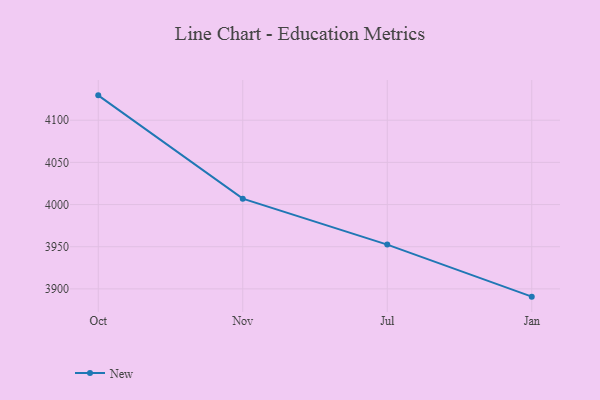
{"axis": {"x": "Month", "y": "Inventory Turnover"}, "legend": ["New"], "data": [{"x": "Oct", "y": 4129.5, "type": "New"}, {"x": "Nov", "y": 4007.0, "type": "New"}, {"x": "Jul", "y": 3952.5, "type": "New"}, {"x": "Jan", "y": 3890.8, "type": "New"}]}